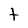
Character: t